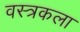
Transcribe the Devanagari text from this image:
वस्त्रकला